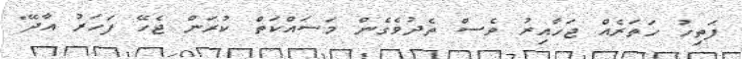
ފަތިހު ހަތަރެއް ޖަހާއިރު ވެސް ތެދުވެގެން މަސައްކަތް ކުރަން ޖެހޭ ފަހަރު އާދޭ"